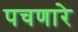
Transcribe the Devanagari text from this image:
पचणारे